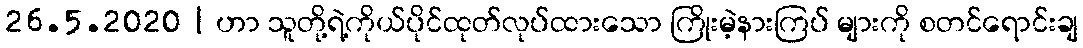
26.5.2020 | ဟာ သူတို့ရဲ့ကိုယ်ပိုင်ထုတ်လုပ်ထားသော ကြိုးမဲ့နားကြပ် များကို စတင်ရောင်းချ